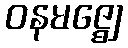
ဝနမဇ္ဈေ